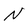
Character: N